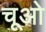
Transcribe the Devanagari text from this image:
चूओ